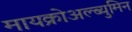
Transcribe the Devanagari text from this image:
मायक्रोअल्ब्युमिन